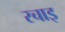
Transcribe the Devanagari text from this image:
रचाइ